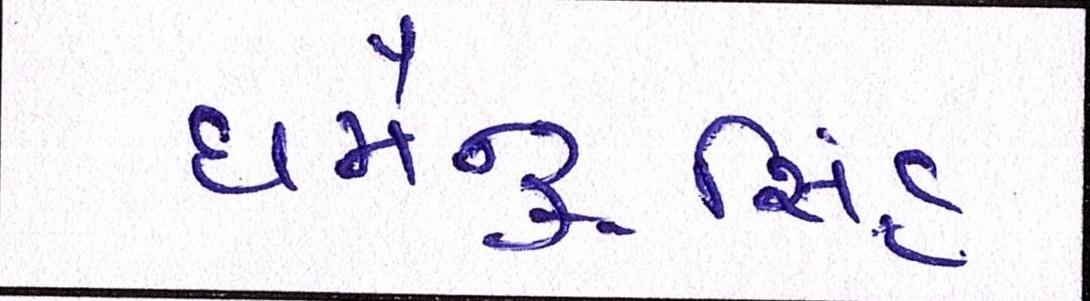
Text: ધર્મેન્દ્રસિંહ